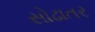
સોઢાતર